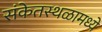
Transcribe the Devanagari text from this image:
संकेतस्थळामध्ये